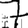
Digit: 7